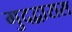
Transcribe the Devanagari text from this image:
गुदद्वारास